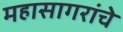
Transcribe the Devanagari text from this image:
महासागरांचे